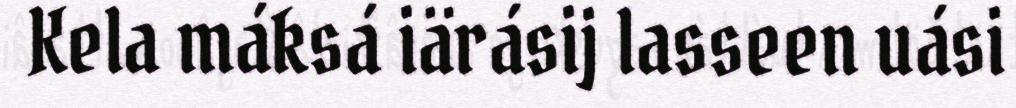
Kela máksá iärásij lasseen uási